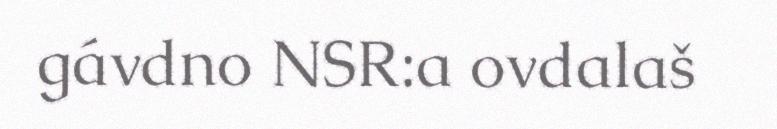
gávdno NSR:a ovdalaš